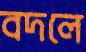
বদলে